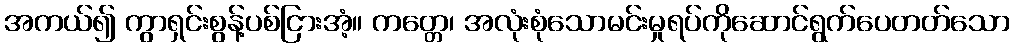
အကယ်၍ ကွာရှင်းစွန့်ပစ်ငြားအံ့။ ကတ္တေ၊ အလုံးစုံသောမင်းမှုရပ်ကိုဆောင်ရွက်ပေတတ်သော